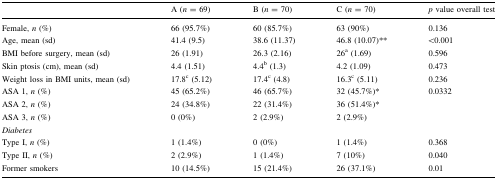
<table><thead><tr><td></td><td><b>A (<i>n</i> = 69)</b></td><td><b>B (<i>n</i> = 70)</b></td><td><b>C (<i>n</i> = 70)</b></td><td><b><i>p</i> value overall test</b></td></tr></thead><tbody><tr><td>Female, <i>n</i> (%)</td><td>66 (95.7%)</td><td>60 (85.7%)</td><td>63 (90%)</td><td>0.136</td></tr><tr><td>Age, mean (sd)</td><td>41.4 (9.5)</td><td>38.6 (11.37)</td><td>46.8 (10.07)**</td><td>&lt;0.001</td></tr><tr><td>BMI before surgery, mean (sd)</td><td>26 (1.91)</td><td>26.3 (2.16)</td><td>26<sup>a</sup> (1.69)</td><td>0.596</td></tr><tr><td>Skin ptosis (cm), mean (sd)</td><td>4.4 (1.51)</td><td>4.4<sup>b</sup> (1.3)</td><td>4.2 (1.09)</td><td>0.473</td></tr><tr><td>Weight loss in BMI units, mean (sd)</td><td>17.8<sup>c</sup> (5.12)</td><td>17.4<sup>c</sup> (4.8)</td><td>16.3<sup>c</sup> (5.11)</td><td>0.236</td></tr><tr><td>ASA 1, <i>n</i> (%)</td><td>45 (65.2%)</td><td>46 (65.7%)</td><td>32 (45.7%)*</td><td>0.0332</td></tr><tr><td>ASA 2, <i>n</i> (%)</td><td>24 (34.8%)</td><td>22 (31.4%)</td><td>36 (51.4%)*</td><td></td></tr><tr><td>ASA 3, <i>n</i> (%)</td><td>0 (0%)</td><td>2 (2.9%)</td><td>2 (2.9%)</td><td></td></tr><tr><td colspan="5"><i>Diabetes</i></td></tr><tr><td>Type I, <i>n</i> (%)</td><td>1 (1.4%)</td><td>0 (0%)</td><td>1 (1.4%)</td><td>0.368</td></tr><tr><td>Type II, <i>n</i> (%)</td><td>2 (2.9%)</td><td>1 (1.4%)</td><td>7 (10%)</td><td>0.040</td></tr><tr><td>Former smokers</td><td>10 (14.5%)</td><td>15 (21.4%)</td><td>26 (37.1%)</td><td>0.01</td></tr></tbody></table>